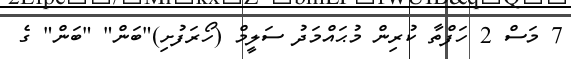
7 މަސް 2 ހަފްތާ ކުރިން މުޙައްމަދު ސަލީމް (ހޯރަފުށި)"ބަން" "ބަން" ގެ